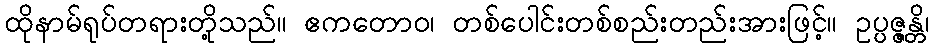
ထိုနာမ်ရုပ်တရားတို့သည်။ ဧကတောဝ၊ တစ်ပေါင်းတစ်စည်းတည်းအားဖြင့်။ ဥပ္ပဇ္ဇန္တိ၊